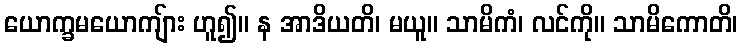
ယောက္ခမယောကျ်ား ဟူ၍။ န အာဒိယတိ၊ မယူ။ သာမိကံ၊ လင်ကို။ သာမိကောတိ၊